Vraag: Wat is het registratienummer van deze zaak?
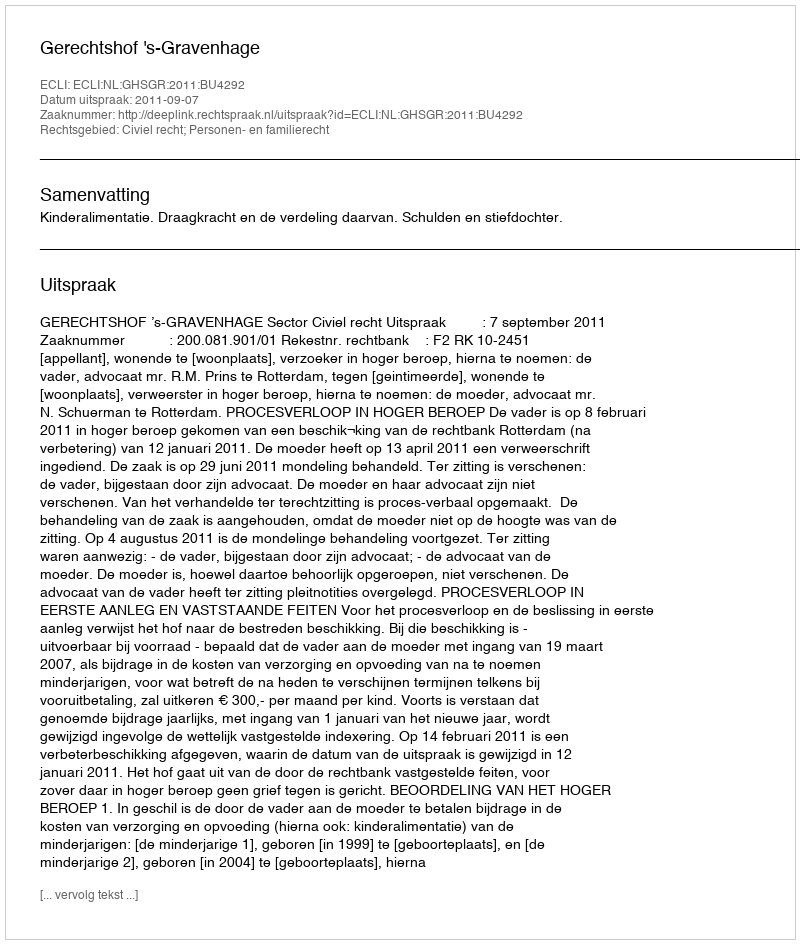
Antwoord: http://deeplink.rechtspraak.nl/uitspraak?id=ECLI:NL:GHSGR:2011:BU4292